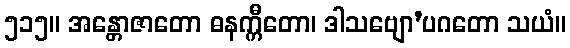
၅၁၅။ အန္တောဇာတော ဓနက္ကီတော၊ ဒါသဗျော’ပဂတော သယံ။